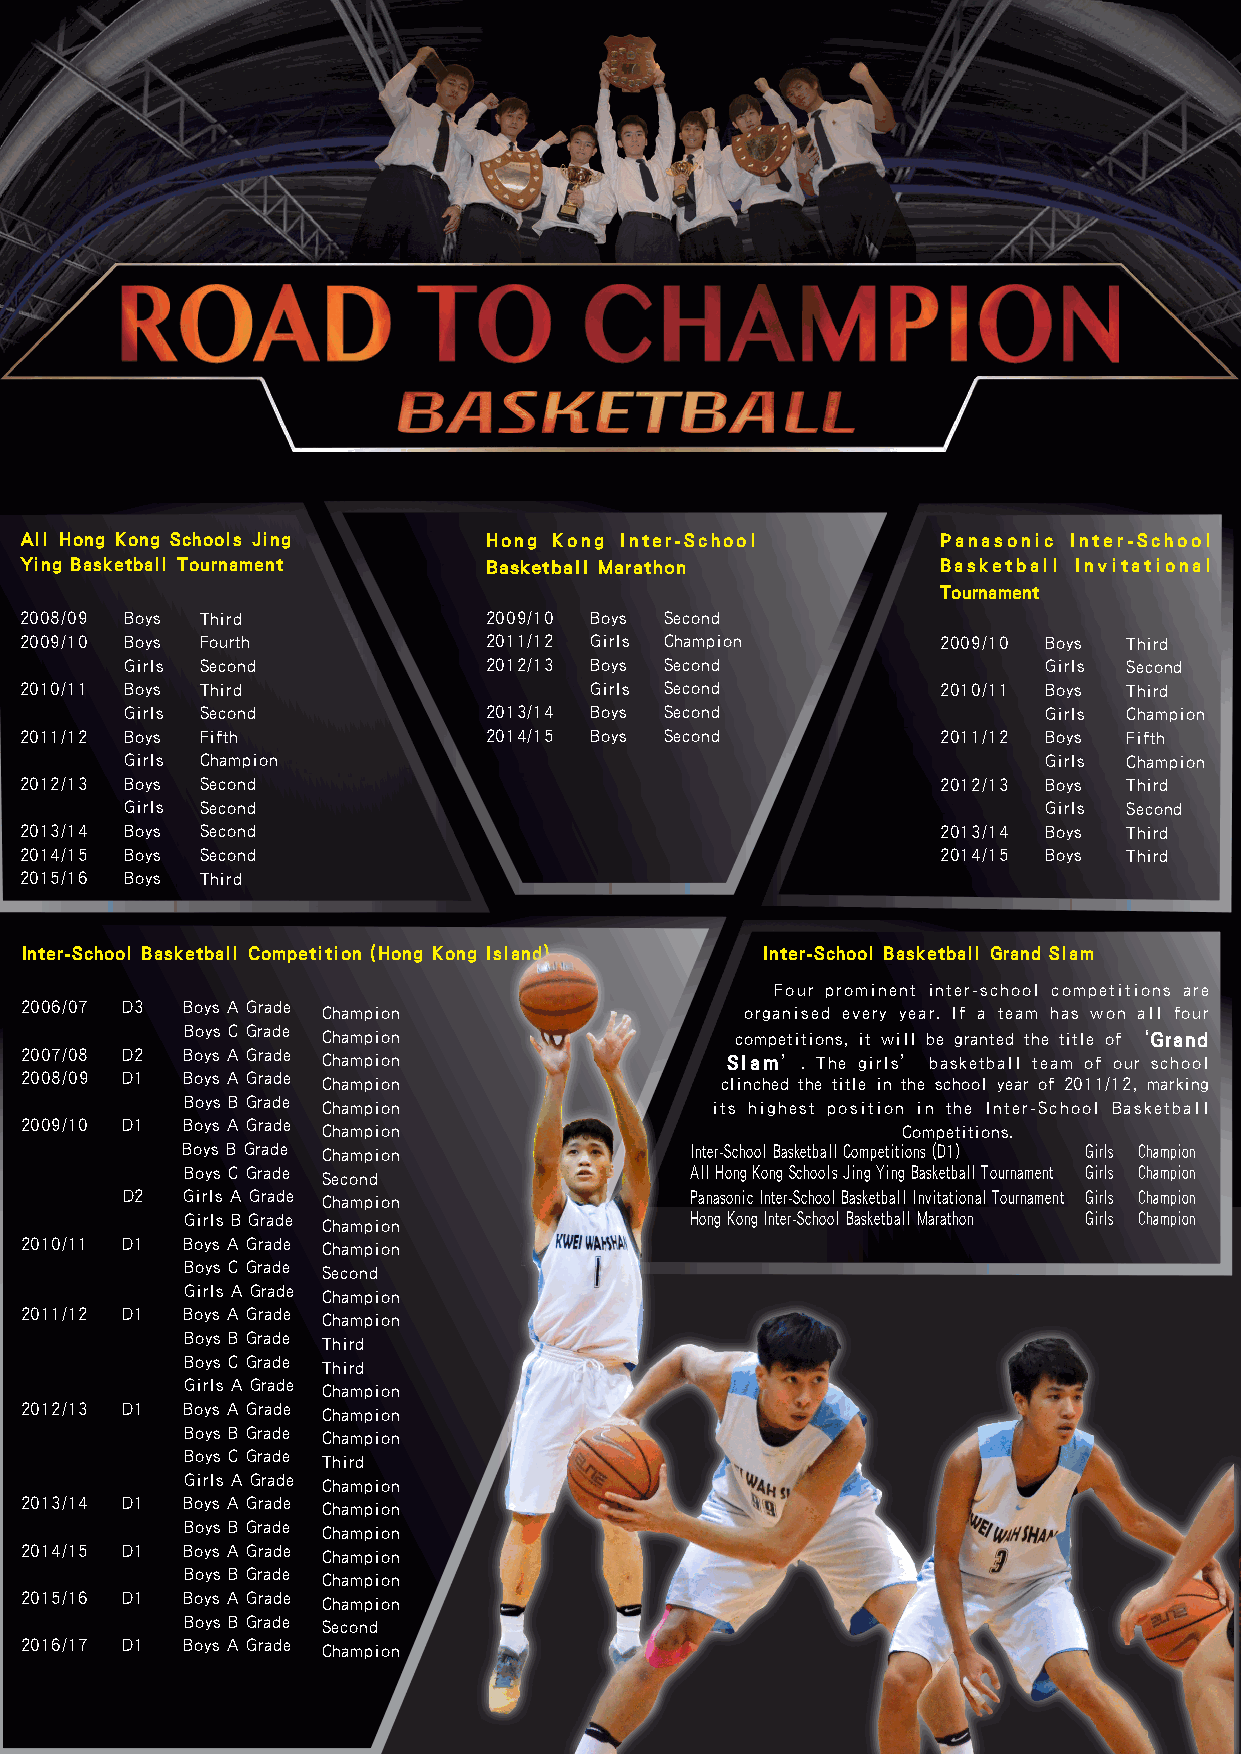
All Hong Kong Schools Jing     Hong Kong Inter-School        Panasonic Inter-School
 Ying Basketball Tournament     Basketball Marathon           Basketball Invitational
 Tournament
 2008/09 Boys Third             2009/10 Boys Second
 2009/10 Boys Fourth            2011/12 Girls Champion        2009/10 Boys Third
 Girls Second            2012/13 Boys Second                  Girls Second
 2010/11 Boys Third                    Girls Second           2010/11 Boys Third
 Girls Second            2013/14 Boys Second                  Girls Champion
 2011/12 Boys Fifth             2014/15 Boys Second           2011/12 Boys Fifth
 Girls Champion                                               Girls Champion
 2012/13 Boys Second                                          2012/13 Boys Third
 Girls Second                                                 Girls Second
 2013/14 Boys Second                                          2013/14 Boys Third
 2014/15 Boys Second                                          2014/15 Boys Third
 2015/16 Boys Third
 Inter-School Basketball Competition (Hong Kong Island) Inter-School Basketball Grand Slam
 Four prominent inter-school competitions are
 2006/07 D3 Boys A Grade Champion                organised every year. If a team has won all four
 Boys C Grade Champion                competitions, it will be granted the title of ‘Grand
 2007/08 D2 Boys A Grade Champion               Slam’. The girls’ basketball team of our school
 2008/09 D1 Boys A Grade Champion               clinched the title in the school year of 2011/12, marking
 Boys B Grade Champion              its highest position in the Inter-School Basketball
 2009/10 D1 Boys A Grade Champion                           Competitions.
 Boys B Grade Champion             Inter-School Basketball Competitions (D1) Girls Champion
 Boys C Grade Second               All Hong Kong Schools Jing Ying Basketball Tournament Girls Champion
 D2  Girls A Grade Champion            Panasonic Inter-School Basketball Invitational Tournament Girls Champion
 Girls B Grade Champion            Hong Kong Inter-School Basketball Marathon Girls Champion
 2010/11 D1 Boys A Grade Champion
 Boys C Grade Second
 Girls A Grade Champion
 2011/12 D1 Boys A Grade Champion
 Boys B Grade Third
 Boys C Grade Third
 Girls A Grade Champion
 2012/13 D1 Boys A Grade Champion
 Boys B Grade Champion
 Boys C Grade Third
 Girls A Grade Champion
 2013/14 D1 Boys A Grade Champion
 Boys B Grade Champion
 2014/15 D1 Boys A Grade Champion
 Boys B Grade Champion
 2015/16 D1 Boys A Grade Champion
 Boys B Grade S econd
 2016/17 D1 Boys A Grade Champion